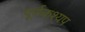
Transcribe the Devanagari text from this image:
पूर्णकश्यप